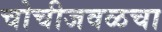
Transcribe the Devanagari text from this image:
चोचीजवळचा